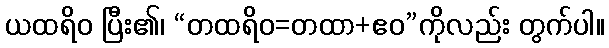
ယထရိဝ ပြီး၏၊ “တထရိဝ=တထာ+ဧဝ”ကိုလည်း တွက်ပါ။